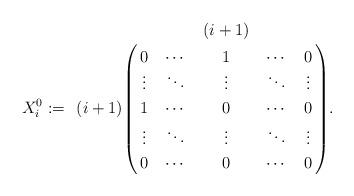
LaTeX: \begin{align*}X^0_i:=\bordermatrix{ & & &(i+1)& & \cr& 0&\cdots&1&\cdots&0\cr& \vdots &\ddots &\vdots &\ddots &\vdots\cr(i+1)& 1 & \cdots&0 &\cdots &0\cr& \vdots &\ddots &\vdots &\ddots &\vdots\cr& 0 & \cdots& 0&\cdots &0}.\end{align*}